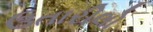
ઉતારીલો